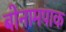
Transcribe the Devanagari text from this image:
बोनामपाक